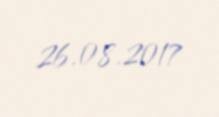
26.08.2017